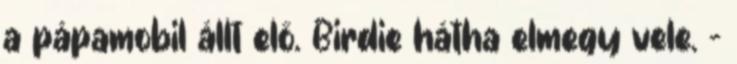
a pápamobil állt elő. Birdie hátha elmegy vele. -